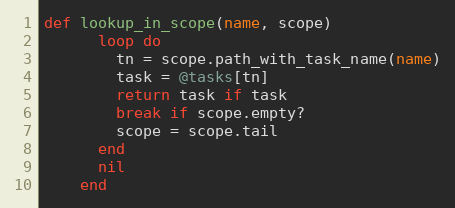
Language: Ruby
def lookup_in_scope(name, scope)
      loop do
        tn = scope.path_with_task_name(name)
        task = @tasks[tn]
        return task if task
        break if scope.empty?
        scope = scope.tail
      end
      nil
    end